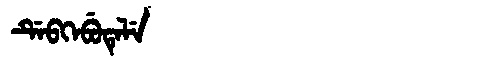
Manchu: ᡩᡝᠪᡴᡝᠪᡠᡨᡝᠯᡝ
Romanization: DEBKEBUTELE